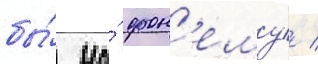
бы́ на́ фон'ему/ /